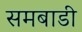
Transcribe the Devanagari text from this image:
समबाडी